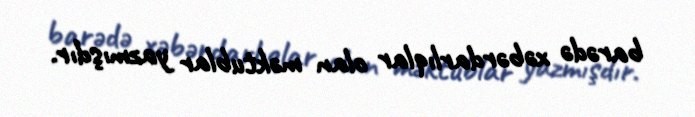
barədə xəbərdarlıqlar olan məktublar yazmışdır.